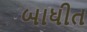
બાધીત